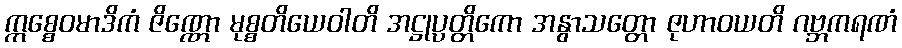
ဣစ္စေဝမာဒိကံ ဇိဏ္ဏော မုစ္စတိယေဝါတိ အဋ္ဌုပ္ပတ္တိကော အနွာသတ္တော ဇုဟာဝယတိ ဂဗ္ဘကရဏံ